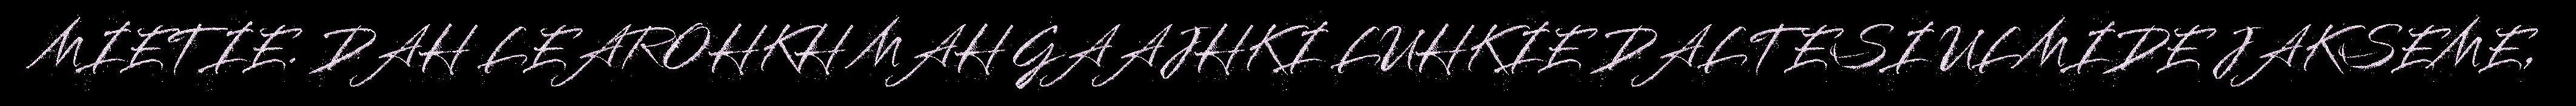
MIETIE. DAH LEAROHKH MAH GAAJHKI LUHKIE DALTESI ULMIDE JAKSEME,